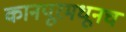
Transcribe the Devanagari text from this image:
कानपूरमधूनच